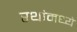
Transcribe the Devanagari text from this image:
रथांमध्ये